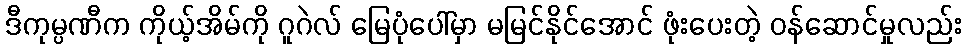
ဒီကုမ္ပဏီက ကိုယ့်အိမ်ကို ဂူဂဲလ် မြေပုံပေါ်မှာ မမြင်နိုင်အောင် ဖုံးပေးတဲ့ ဝန်ဆောင်မှုလည်း